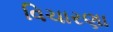
વિચારણા